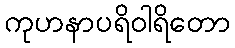
ကုဟနာပရိဝါရိတော